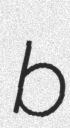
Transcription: bɔ̃